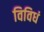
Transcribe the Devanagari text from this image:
विविधं